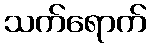
သက်ရောက်